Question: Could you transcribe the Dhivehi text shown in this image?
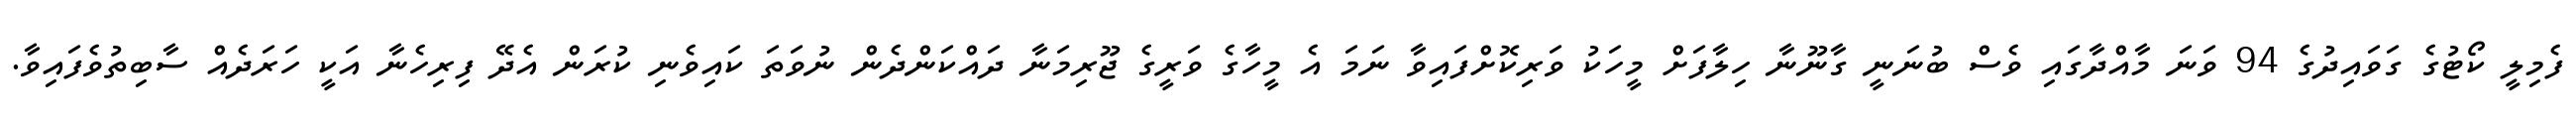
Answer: ފެމިލީ ކޯޓުގެ ގަވައިދުގެ 94 ވަނަ މާއްދާގައި ވެސް ބުނަނީ ގާނޫނާ ހިލާފަށް މީހަކު ވަރިކޮށްފައިވާ ނަމަ އެ މީހާގެ ވަރީގެ ޖޫރިމަނާ ދައްކަންދެން ނުވަތަ ކައިވެނި ކުރަން އެދޭ ފިރިހެނާ އަކީ ހަރަދެއް ސާބިތުވެފައިވާ.